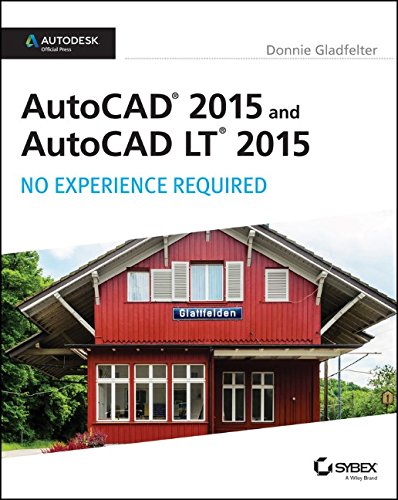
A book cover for AutoCAD 2015 and AutoCAD LT 2015: No Experience Required: Autodesk Official Press; Donnie Gladfelter; Arts & Photography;